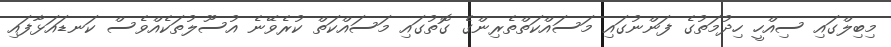
މިބިލްގައި ސިއްހީ ހިދުމަތުގެ ފަންނުގައި މަސައްކަތްތެރިންގެ ގޮތުގައި މަސައްކަތް ކުރެވޭނެ އުސޫލުތަކެއްވެސް ކަނޑައަޅާފައި